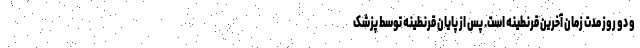
و دو روز مدت زمان آخرین قرنطینه است. پس از پایان قرنطینه توسط پزشک